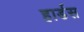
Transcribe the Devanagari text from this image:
हार्डस